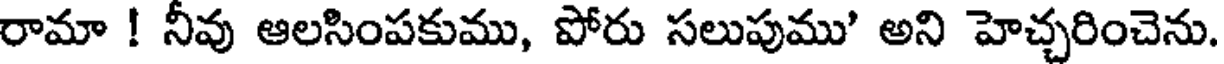
రామా ! నీవు ఆలసింపకుము, పోరు సలుపుము' అని హెచ్చరించెను.